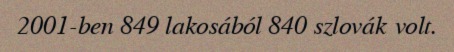
2001-ben 849 lakosából 840 szlovák volt.